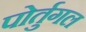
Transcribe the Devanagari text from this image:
पोर्तुगल